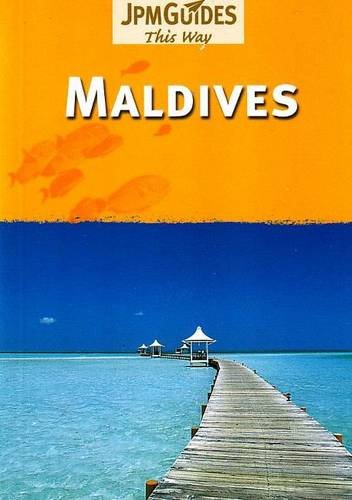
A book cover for Maldives; Dan Colwell; Travel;